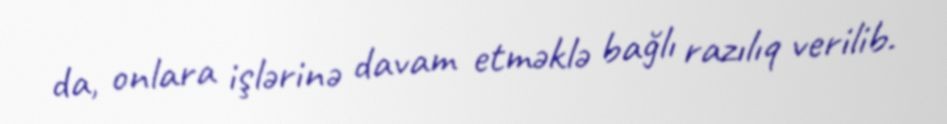
da, onlara işlərinə davam etməklə bağlı razılıq verilib.